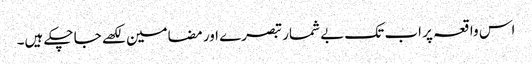
اس واقعہ پر اب تک بے شمار تبصرے اور مضامین لکھے جا چکے ہیں۔